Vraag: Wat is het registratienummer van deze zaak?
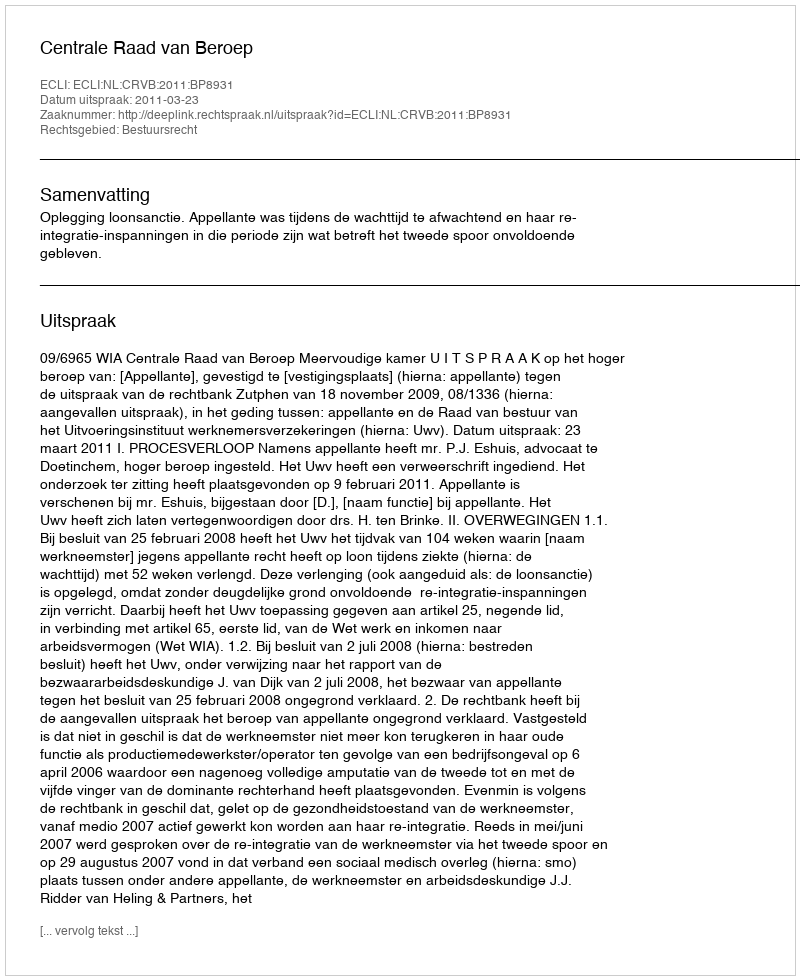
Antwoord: http://deeplink.rechtspraak.nl/uitspraak?id=ECLI:NL:CRVB:2011:BP8931